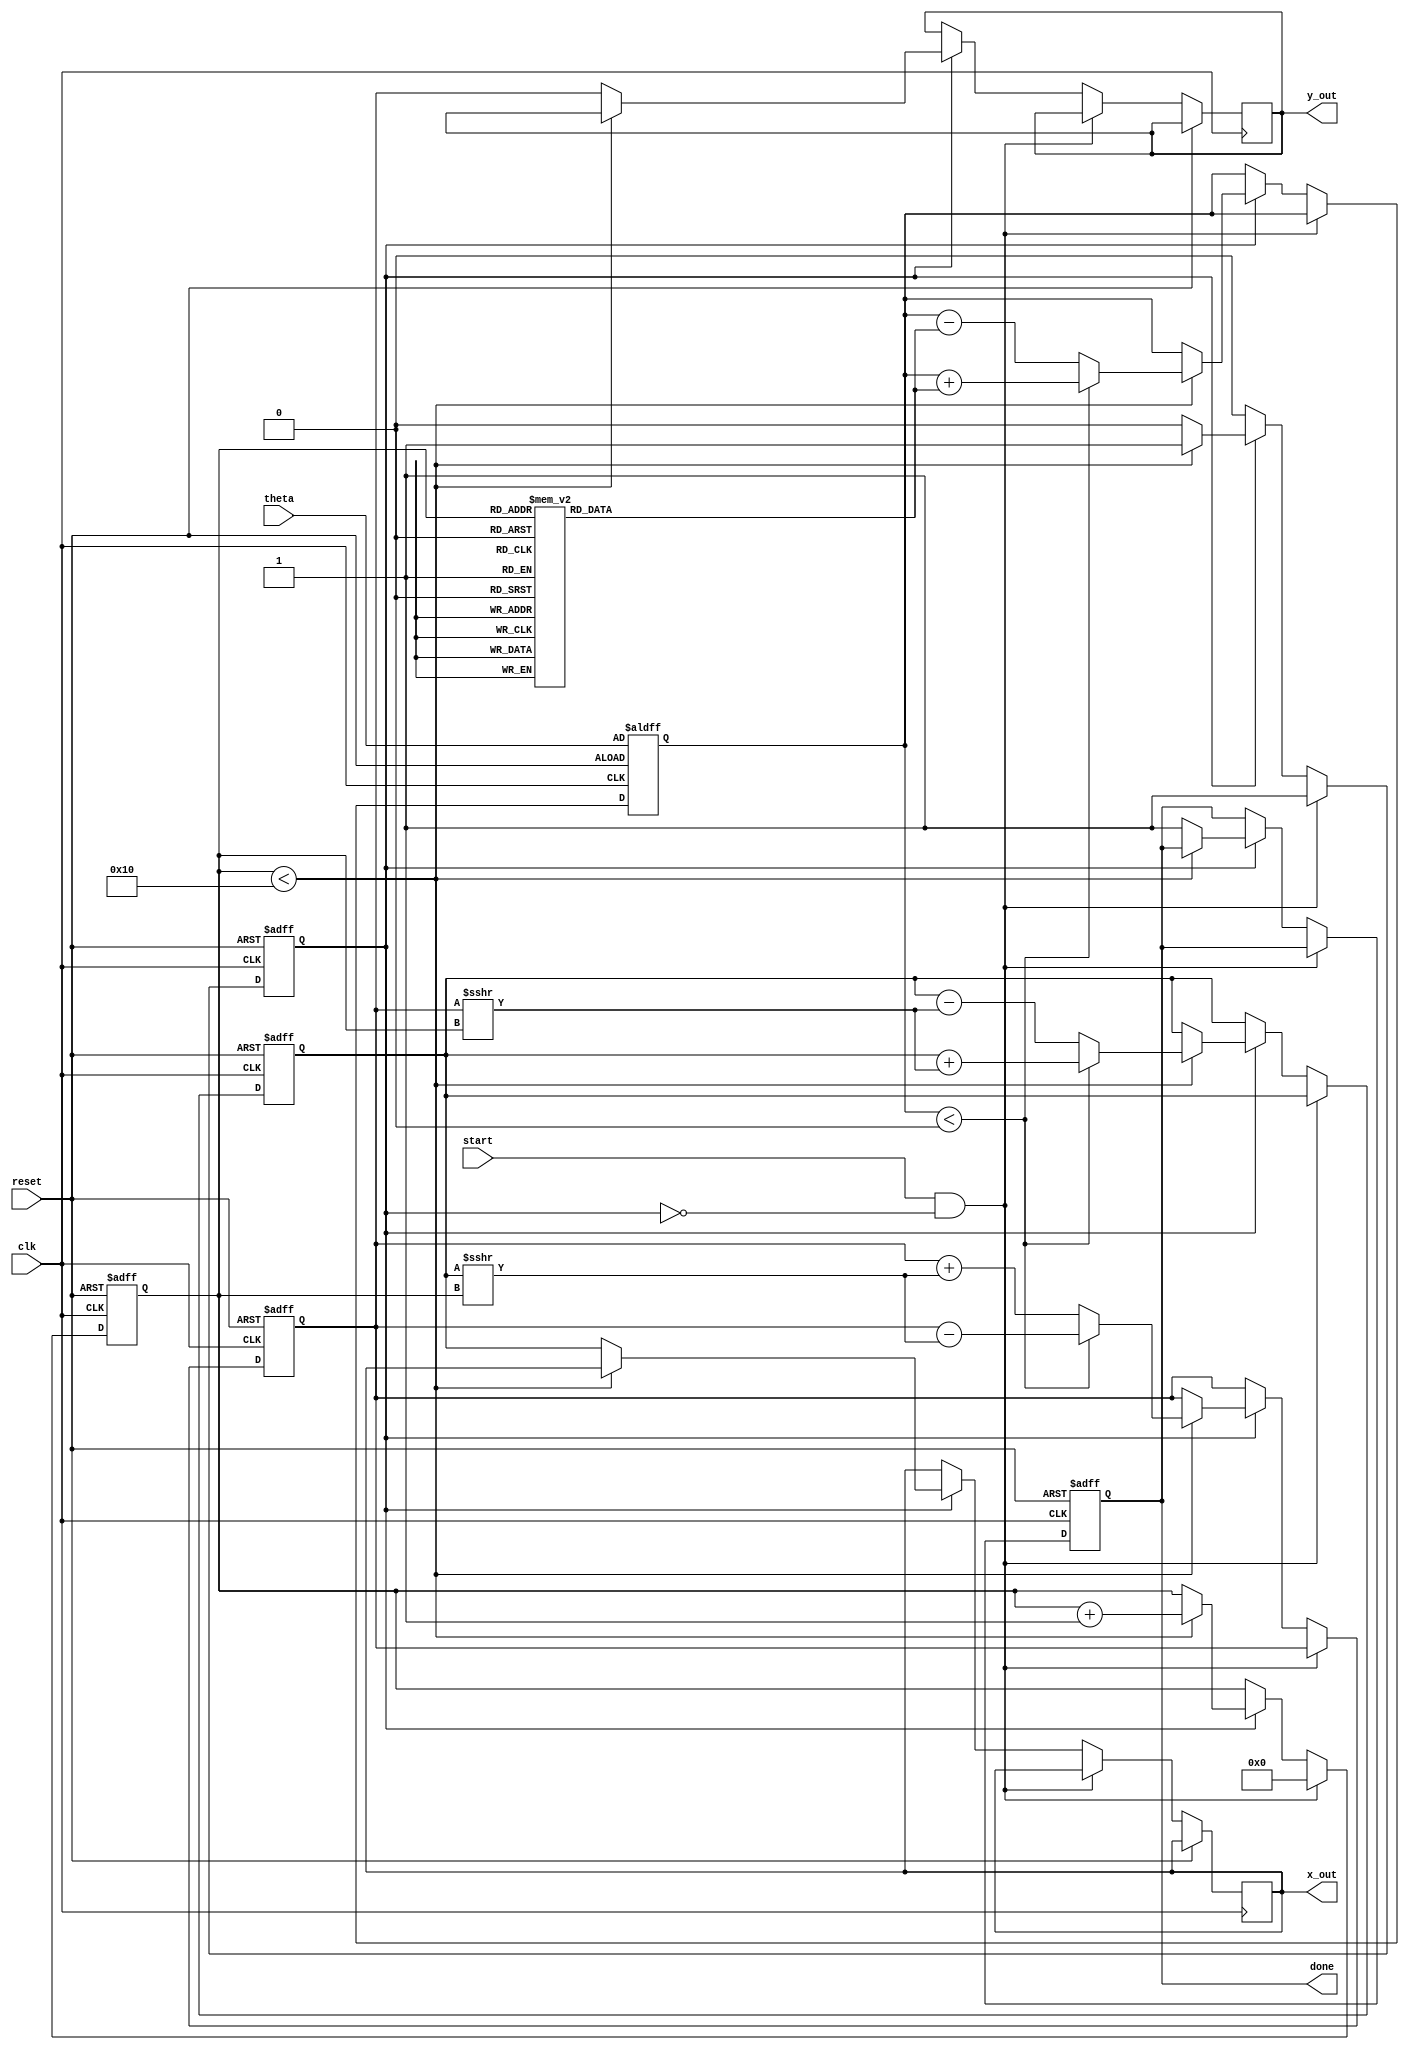
module cordic_rotational #(
    parameter N = 16, // Number of iterations
    parameter WIDTH = 16 // Bit width for fixed-point representation
)(
    input wire clk,
    input wire reset,
    input wire start,
    input wire signed [WIDTH-1:0] theta, // Input angle in radians
    output reg signed [WIDTH-1:0] x_out, // Output cosine
    output reg signed [WIDTH-1:0] y_out, // Output sine
    output reg done // Operation complete flag
);

    // CORDIC angle lookup table (arctan(2^-i) for i = 0 to N-1)
    reg signed [WIDTH-1:0] atan_table [0:N-1];
    initial begin
        atan_table[0] = 16'h0000; // atan(1) = 0
        atan_table[1] = 16'h3C90; // atan(0.5) = 26.565 degrees
        atan_table[2] = 16'h3C30; // atan(0.25) = 14.036 degrees
        atan_table[3] = 16'h3B2D; // atan(0.125) = 7.125 degrees
        // ... Fill in the rest of the table as needed
        // atan_table[N-1] = atan(2^-N)
    end

    // Internal registers
    reg signed [WIDTH-1:0] x_reg, y_reg;
    reg signed [WIDTH-1:0] z_reg;
    reg [3:0] iteration; // Counter for iterations
    reg active; // Indicates if the CORDIC is active

    // CORDIC algorithm
    always @(posedge clk or posedge reset) begin
        if (reset) begin
            x_reg <= 16'h0001; // Initialize x to 1
            y_reg <= 16'h0000; // Initialize y to 0
            z_reg <= theta; // Load input angle
            iteration <= 0; // Reset iteration counter
            done <= 0; // Reset done flag
            active <= 0; // Reset active flag
        end else if (start && !active) begin
            active <= 1; // Start the CORDIC process
            iteration <= 0; // Reset iteration counter
        end else if (active) begin
            if (iteration < N) begin
                // Determine the direction of rotation
                if (z_reg < 0) begin
                    // Counterclockwise rotation
                    x_reg <= x_reg + (y_reg >>> iteration);
                    y_reg <= y_reg - (x_reg >>> iteration);
                    z_reg <= z_reg + atan_table[iteration];
                end else begin
                    // Clockwise rotation
                    x_reg <= x_reg - (y_reg >>> iteration);
                    y_reg <= y_reg + (x_reg >>> iteration);
                    z_reg <= z_reg - atan_table[iteration];
                end
                iteration <= iteration + 1; // Increment iteration counter
            end else begin
                // Operation complete
                x_out <= x_reg; // Output cosine
                y_out <= y_reg; // Output sine
                done <= 1; // Set done flag
                active <= 0; // Reset active flag
            end
        end
    end

endmodule